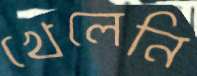
খেলেনি